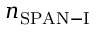
n _ { \mathrm { S P A N - I } }